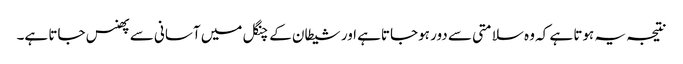
نتیجہ یہ ہوتا ہے کہ وہ سلامتی سے دور ہوجاتاہے اور شیطان کے چنگل میں آسانی سے پھنس جاتا ہے۔